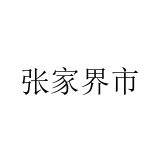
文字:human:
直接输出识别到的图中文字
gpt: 张家界市